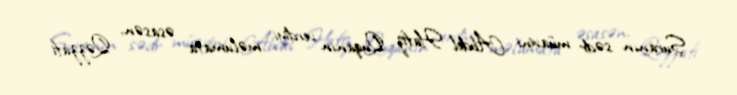
Şuranın sədr müavini Abdel Hafiz Quqanın verdiyi məlumata əsasən, Qəzzafi